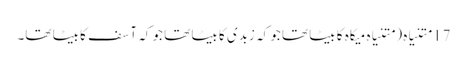
17 متنیاہ ( متنیاہ میکاہ کا بیٹا تھا جو کہ زبدی کا بیٹا تھا جو کہ آسف کا بیٹا تھا۔